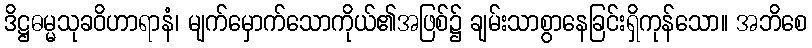
ဒိဋ္ဌဓမ္မသုခဝိဟာရာနံ၊ မျက်မှောက်သောကိုယ်၏အဖြစ်၌ ချမ်းသာစွာနေခြင်းရှိကုန်သော။ အဘိစေ